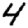
Digit: 4